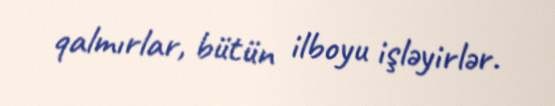
qalmırlar, bütün ilboyu işləyirlər.